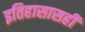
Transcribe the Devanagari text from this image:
इतिहासासही